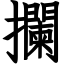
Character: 攔